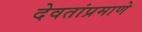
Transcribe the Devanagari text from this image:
देवतांप्रमाणे